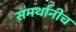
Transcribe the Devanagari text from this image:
समर्थांनीच